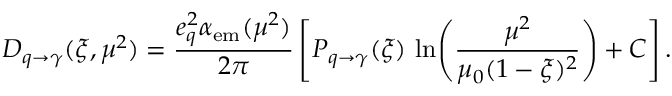
D _ { q \to \gamma } ( \xi , \mu ^ { 2 } ) = \frac { e _ { q } ^ { 2 } \alpha _ { \mathrm { e m } } ( \mu ^ { 2 } ) } { 2 \pi } \left[ P _ { q \to \gamma } ( \xi ) \, \ln \! \left( \frac { \mu ^ { 2 } } { \mu _ { 0 } ( 1 - \xi ) ^ { 2 } } \right) + C \right] .